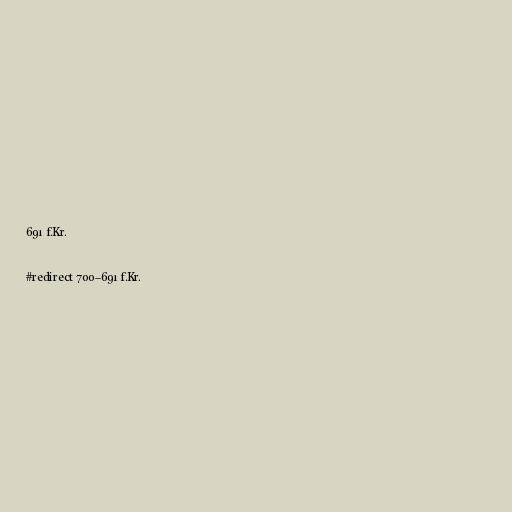
691 f.Kr.

#redirect 700–691 f.Kr.